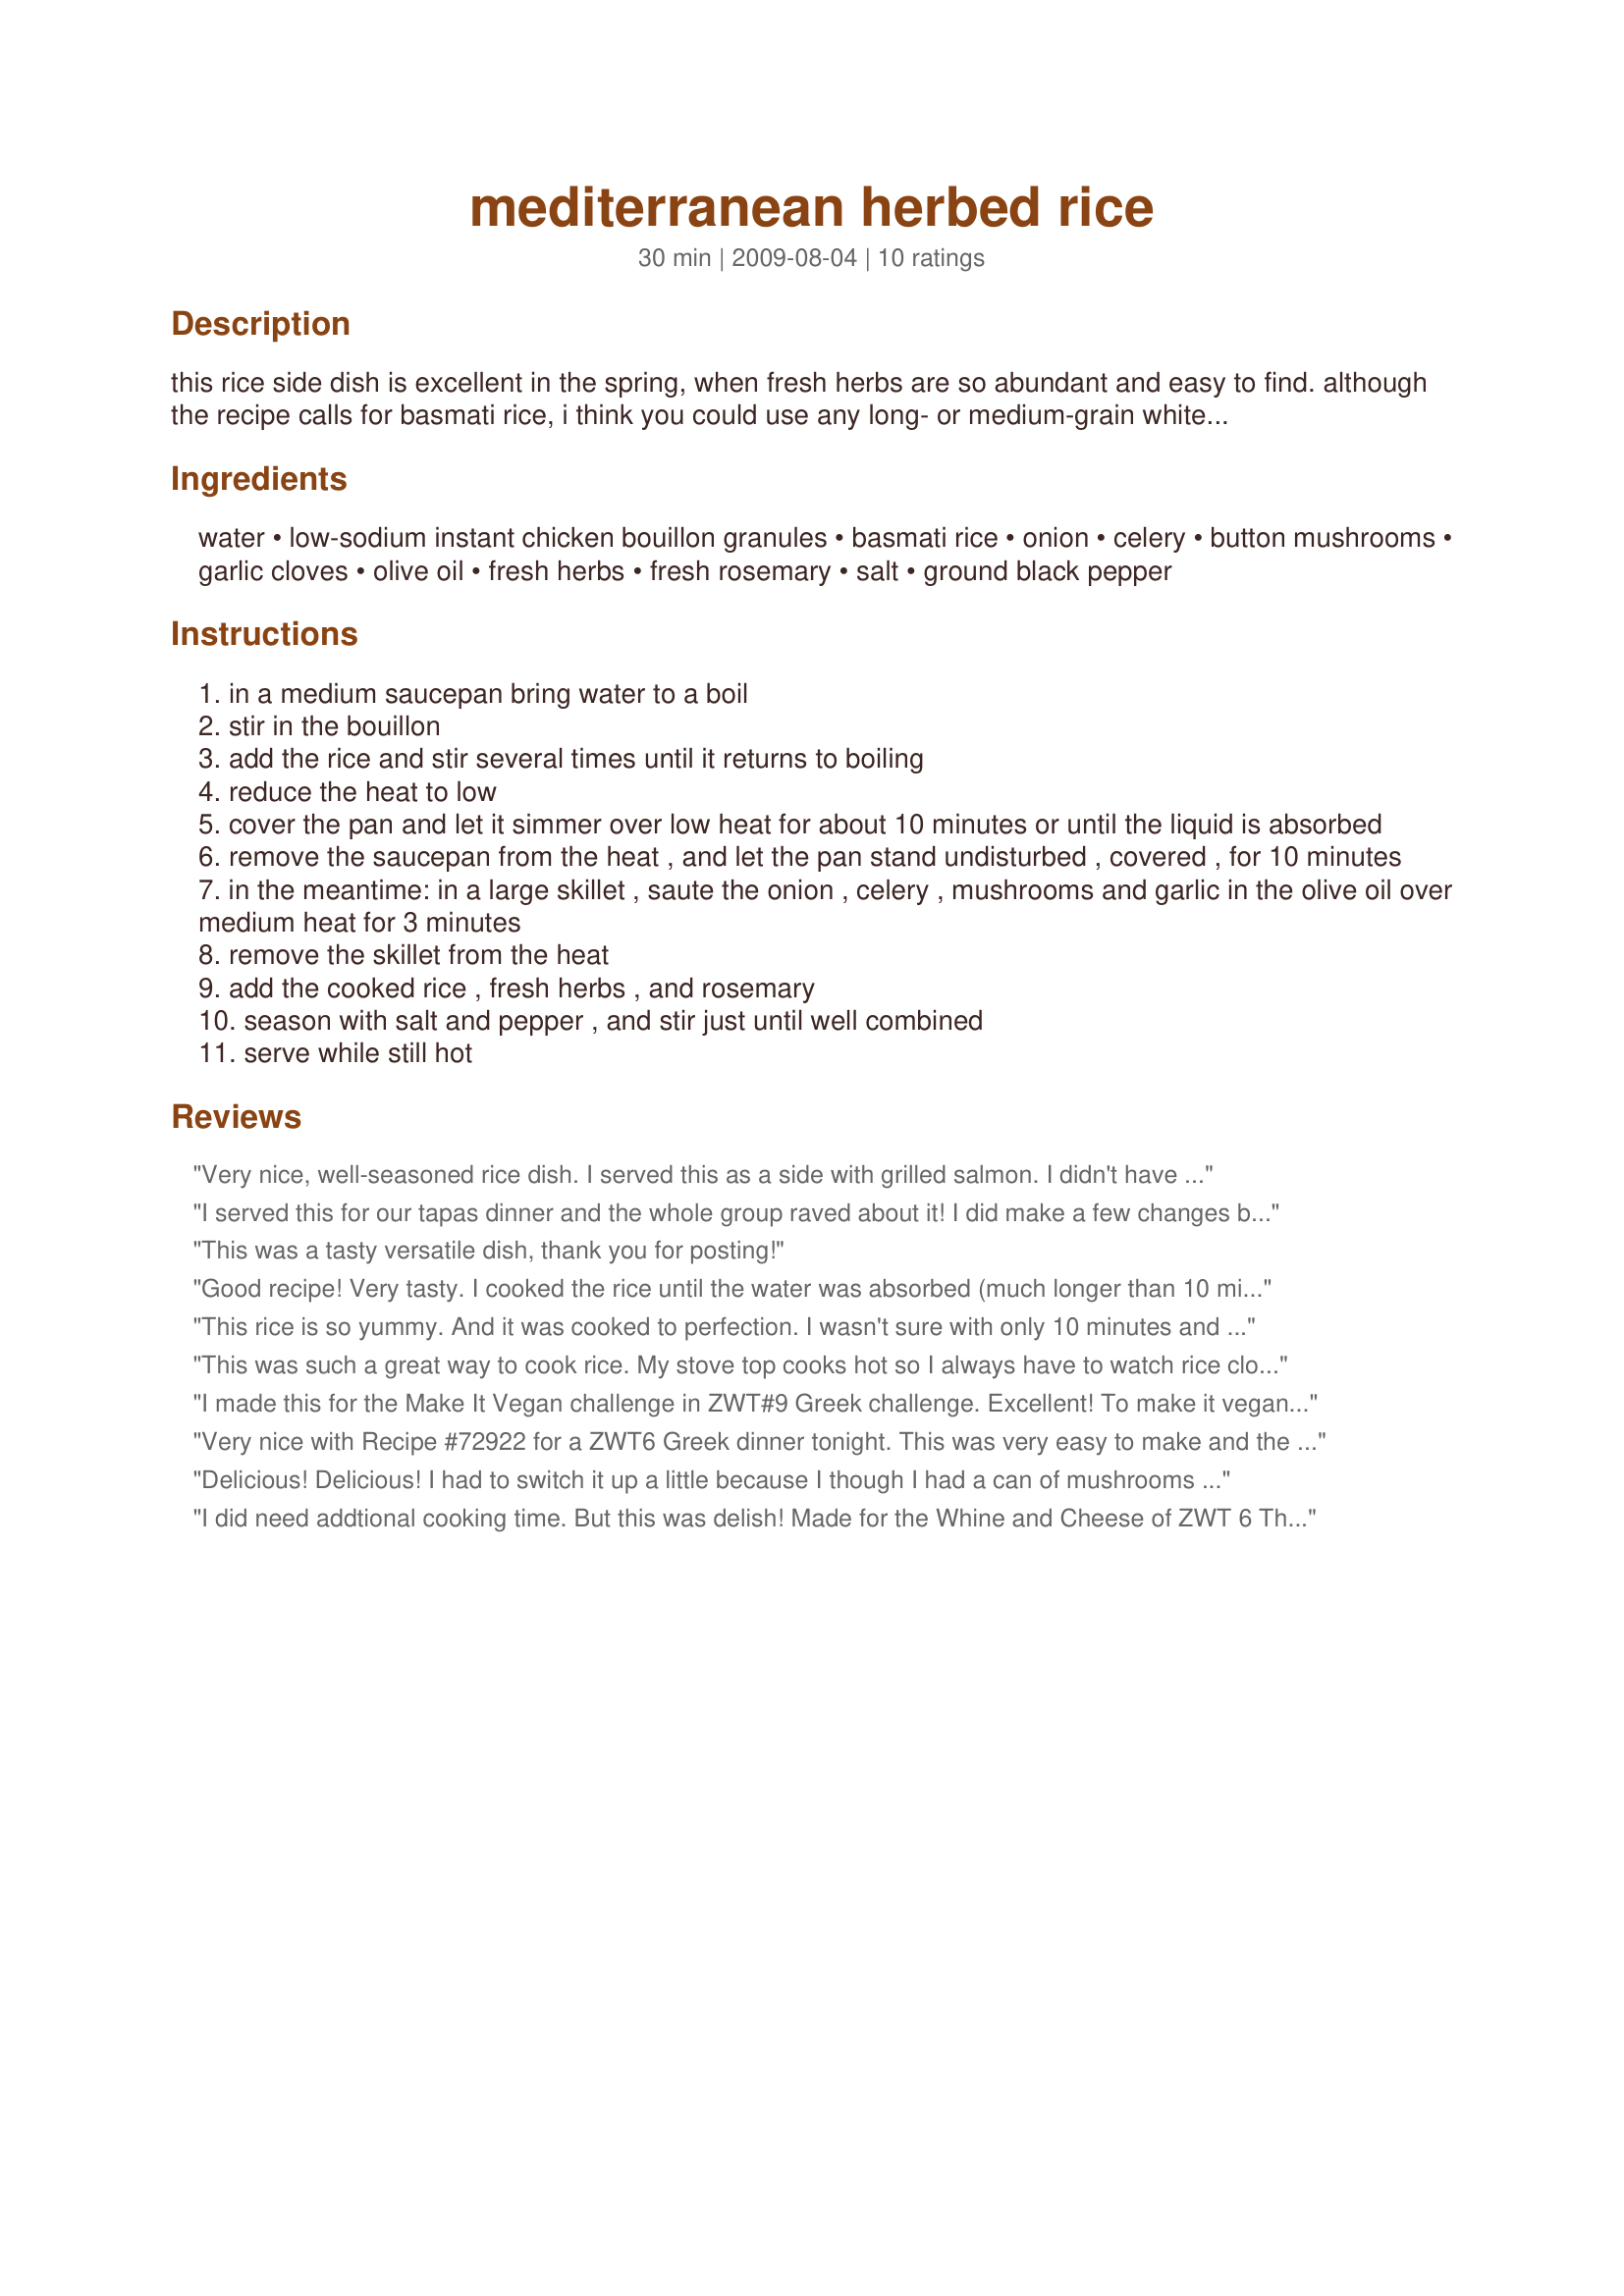
mediterranean herbed rice
Preparation time: 30 minutes

this rice side dish is excellent in the spring, when fresh herbs are so abundant and easy to find. although the recipe calls for basmati rice, i think you could use any long- or medium-grain white rice. just please adjust the cooking instructions to accommodate your rice selection (and cook the rice according to the package directions).

Ingredients:
water, low-sodium instant chicken bouillon granules, basmati rice, onion, celery, button mushrooms, garlic cloves, olive oil, fresh herbs, fresh rosemary, salt, ground black pepper

Steps:
in a medium saucepan bring water to a boil
stir in the bouillon
add the rice and stir several times until it returns to boiling
reduce the heat to low
cover the pan and let it simmer over low heat for about 10 minutes or until the liquid is absorbed
remove the saucepan from the heat , and let the pan stand undisturbed , covered , for 10 minutes
in the meantime: in a large skillet , saute the onion , celery , mushrooms and garlic in the olive oil over medium heat for 3 minutes
remove the skillet from the heat
add the cooked rice , fresh herbs , and rosemary
season with salt and pepper , and stir just until well combined
serve while still hot

Reviews:
Very nice, well-seasoned rice dish. I served this as a side with grilled salmon. I didn't have any rosemary, so I just left it out.
I served this for our tapas dinner and the whole group raved about it! I did make a few changes but I think I would enjoy the dish as written just as much. One of our party is a vegetarian so I used wine and water in place of the broth and add a little butter after it was cooked to get some of the richness the broth would have given it. I left out the celery -the store was out - and mushrooms DH hates them and I was serving whole ones in another dish. I used fresh basil, rosemary, and lemon thyme and the blend was perfect. This one's a keeper, thanks for another great recipe NWGal! Made by one of The Wild Bunch for ZWT 8
This was a tasty versatile dish, thank you for posting!
Good recipe! Very tasty. I cooked the rice until the water was absorbed (much longer than 10 minutes).
This rice is so yummy. And it was cooked to perfection. I wasn't sure with only 10 minutes and then 10 minutes to rest with cover. But it worked. It's great with all the veggies. I also used fresh basil and fresh rosemary. Thanks NorthwestGal :) Made for ZWT8 for Diners, Winers and Chives
This was such a great way to cook rice. My stove top cooks hot so I always have to watch rice closely. This way it came out perfectly. Loved the flavors in this dish too. Thanks NWG for a nice side dish. Made for ZWT9.
I made this for the Make It Vegan challenge in ZWT#9 Greek challenge. Excellent! To make it vegan I used Swanson&#039;s Flavor Boost(Vegetable) with the water. I used brown basmati rice, so had to cook it about 45 minutes(used 2 cups of water instead of 1 3/4). For the herbs I used basil, oregano, chives, parsley and thyme from the garden. I didn&#039;t have button mushrooms so used sliced portobellos. Loved the flavors! Made for team Hot Stuff!
Very nice with Recipe #72922 for a ZWT6 Greek dinner tonight. This was very easy to make and the finished product tasted great! I made this as directed, choosing the basil for the first herb. I added a little parsley on top. Thanks NorthwestGal! :)
Delicious! Delicious! I had to switch it up a little because I though I had a can of mushrooms but I didn't. No big deal thou. I used up some red, green peppers and some chopped up carrots, I had chopped in the fridge, and need to be used. But that was all. I love the fresh herbs, I used rosemary and Basil. My daughter was like.....Oh Mom too bad there ain't going to be leftovers, I really want some for later. LOL *opps* what can I do? too late to double the recipe.
Made for New Kids On the Block Tag forum Game.
I did need addtional cooking time. But this was delish! Made for the Whine and Cheese of ZWT 6 Thanks
